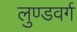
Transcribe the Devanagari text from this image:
लुण्डवर्ग